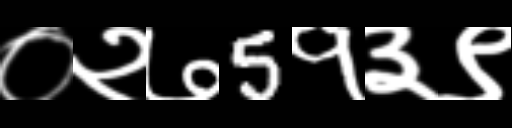
Text: ०२७5१३९